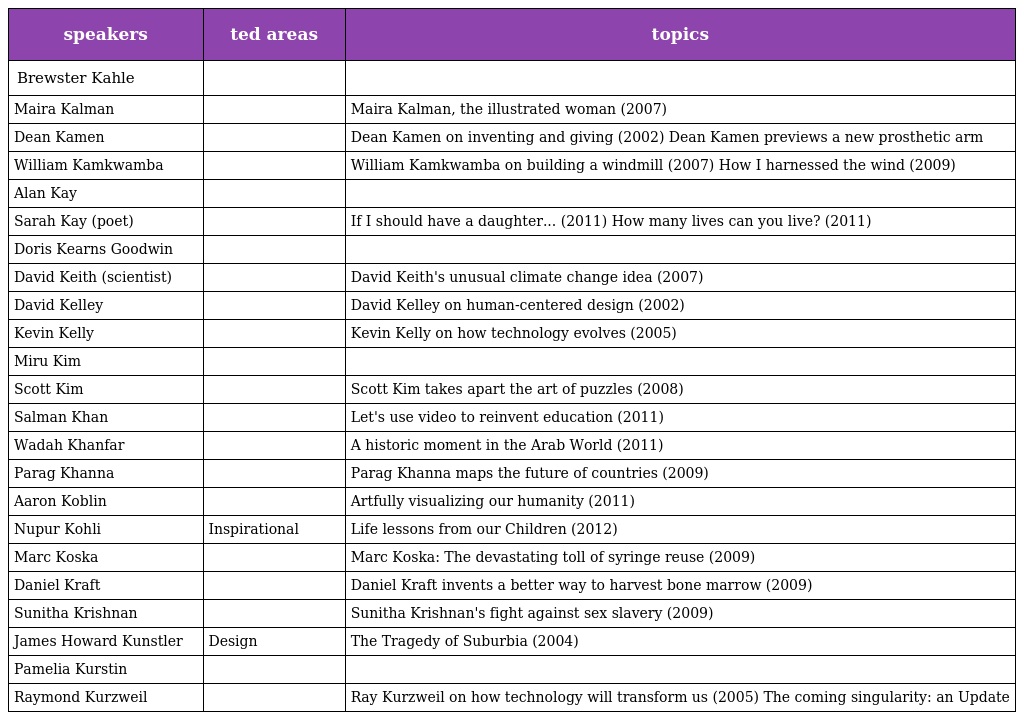
| speakers | ted areas | topics |
 | --- | --- | --- |
 | Brewster Kahle |  |  |
 | Maira Kalman |  | Maira Kalman, the illustrated woman (2007) |
 | Dean Kamen |  | Dean Kamen on inventing and giving (2002) Dean Kamen previews a new prosthetic arm |
 | William Kamkwamba |  | William Kamkwamba on building a windmill (2007) How I harnessed the wind (2009) |
 | Alan Kay |  |  |
 | Sarah Kay (poet) |  | If I should have a daughter... (2011) How many lives can you live? (2011) |
 | Doris Kearns Goodwin |  |  |
 | David Keith (scientist) |  | David Keith's unusual climate change idea (2007) |
 | David Kelley |  | David Kelley on human-centered design (2002) |
 | Kevin Kelly |  | Kevin Kelly on how technology evolves (2005) |
 | Miru Kim |  |  |
 | Scott Kim |  | Scott Kim takes apart the art of puzzles (2008) |
 | Salman Khan |  | Let's use video to reinvent education (2011) |
 | Wadah Khanfar |  | A historic moment in the Arab World (2011) |
 | Parag Khanna |  | Parag Khanna maps the future of countries (2009) |
 | Aaron Koblin |  | Artfully visualizing our humanity (2011) |
 | Nupur Kohli | Inspirational | Life lessons from our Children (2012) |
 | Marc Koska |  | Marc Koska: The devastating toll of syringe reuse (2009) |
 | Daniel Kraft |  | Daniel Kraft invents a better way to harvest bone marrow (2009) |
 | Sunitha Krishnan |  | Sunitha Krishnan's fight against sex slavery (2009) |
 | James Howard Kunstler | Design | The Tragedy of Suburbia (2004) |
 | Pamelia Kurstin |  |  |
 | Raymond Kurzweil |  | Ray Kurzweil on how technology will transform us (2005) The coming singularity: an Update |